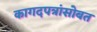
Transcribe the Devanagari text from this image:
कागदपत्रांसोबत